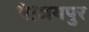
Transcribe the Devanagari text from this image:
थे।जयपुर